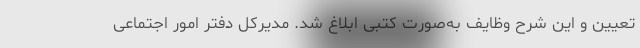
تعیین و این شرح وظایف به‌صورت کتبی ابلاغ شد. مدیرکل دفتر امور اجتماعی